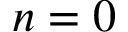
n = 0